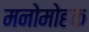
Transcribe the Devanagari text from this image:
मनोमोहक